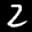
Label: 2